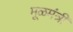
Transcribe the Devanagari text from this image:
मूळमंत्री